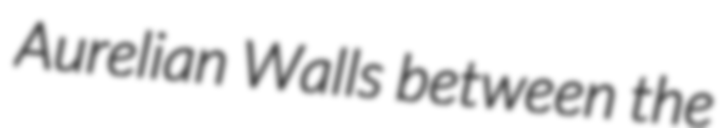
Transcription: Aurelian Walls between the